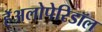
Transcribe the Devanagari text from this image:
हॅअलोपेरिडॉल